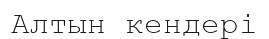
Алтын кендері